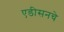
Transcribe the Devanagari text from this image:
एडीसनचे